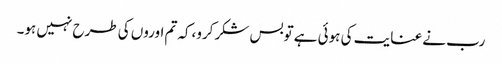
رب نے عنایت کی ہوئی ہے توبس شکرکرو،کہ تم اوروں کی طرح نہیں ہو۔